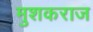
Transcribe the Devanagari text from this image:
मुशकराज